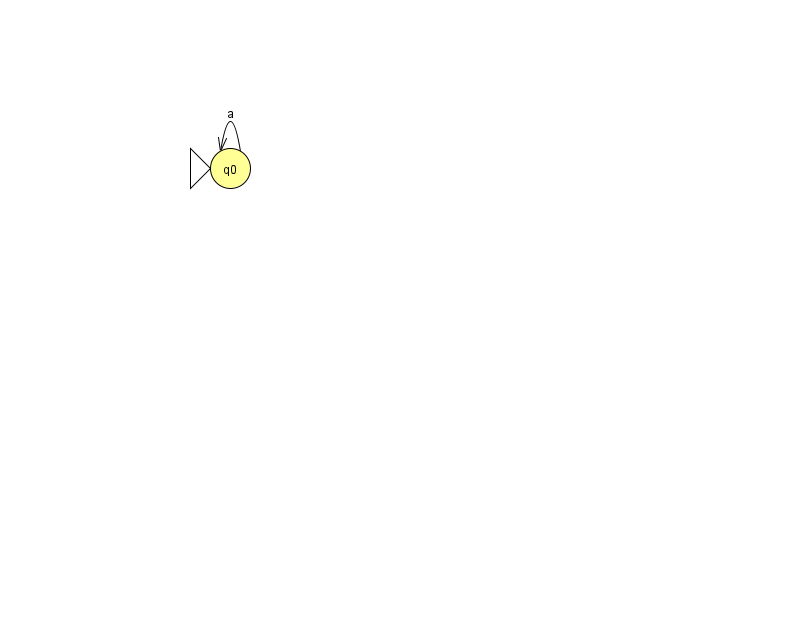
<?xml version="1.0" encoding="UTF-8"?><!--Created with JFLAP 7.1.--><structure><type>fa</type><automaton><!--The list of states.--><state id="0" name="q0"><x>230.0</x><y>155.0</y><initial/></state><state id="1" name="q1"><x>721.0</x><y>651.0</y></state><state id="2" name="q2"><x>613.0</x><y>646.0</y><final/></state><state id="3" name="q3"><x>876.0</x><y>50.0</y></state><!--The list of transitions.--><transition><from>1</from><to>2</to><read>o</read></transition><transition><from>0</from><to>0</to><read>a</read></transition><transition><from>3</from><to>3</to><read>Y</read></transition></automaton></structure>